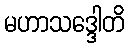
မဟာသဒ္ဒေါတိ